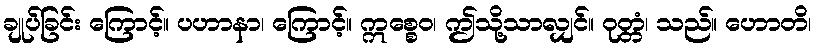
ချုပ်ခြင်း ကြောင့်။ ပဟာနာ၊ ကြောင့်။ ဣစ္စေဝ၊ ဤသို့သာလျှင်။ ဝုတ္တံ၊ သည်။ ဟောတိ၊